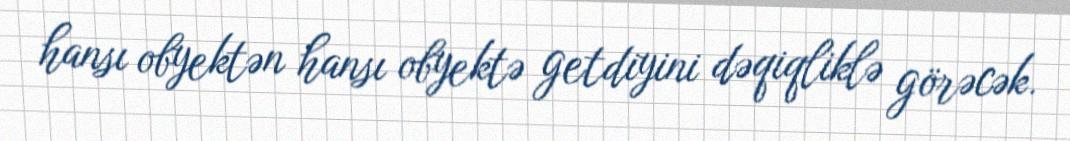
hansı obyektən hansı obyektə getdiyini dəqiqliklə görəcək.